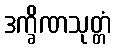
ဒက္ခိဏသုတ္တံ